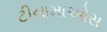
ટીનામાઓસ